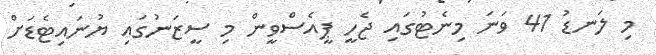
މި ލަނޑު 41 ވަނަ މިނެޓުގައި ޖެހީ ޕީއެސްވީން މި ސީޒަނުގައި ޔުނައިޓެޑަށް